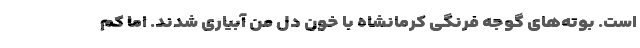
است. بوته‌های گوجه فرنگی کرمانشاه با خون دل من آبیاری شدند. اما کم